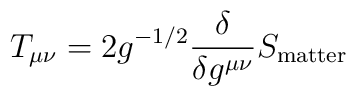
T_{\mu\nu} = 2g^{-1/2}\frac{\delta}{\delta g^{\mu\nu}}S_{\rm matter}